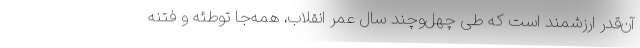
آن‌قدر ارزشمند است که طی چهل‌وچند سال عمر انقلاب، همه‌جا توطئه و فتنه